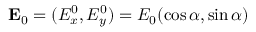
{ \bf E } _ { 0 } = ( { E } _ { x } ^ { 0 } , { E } _ { y } ^ { 0 } ) = E _ { 0 } ( \cos \alpha , \sin \alpha )